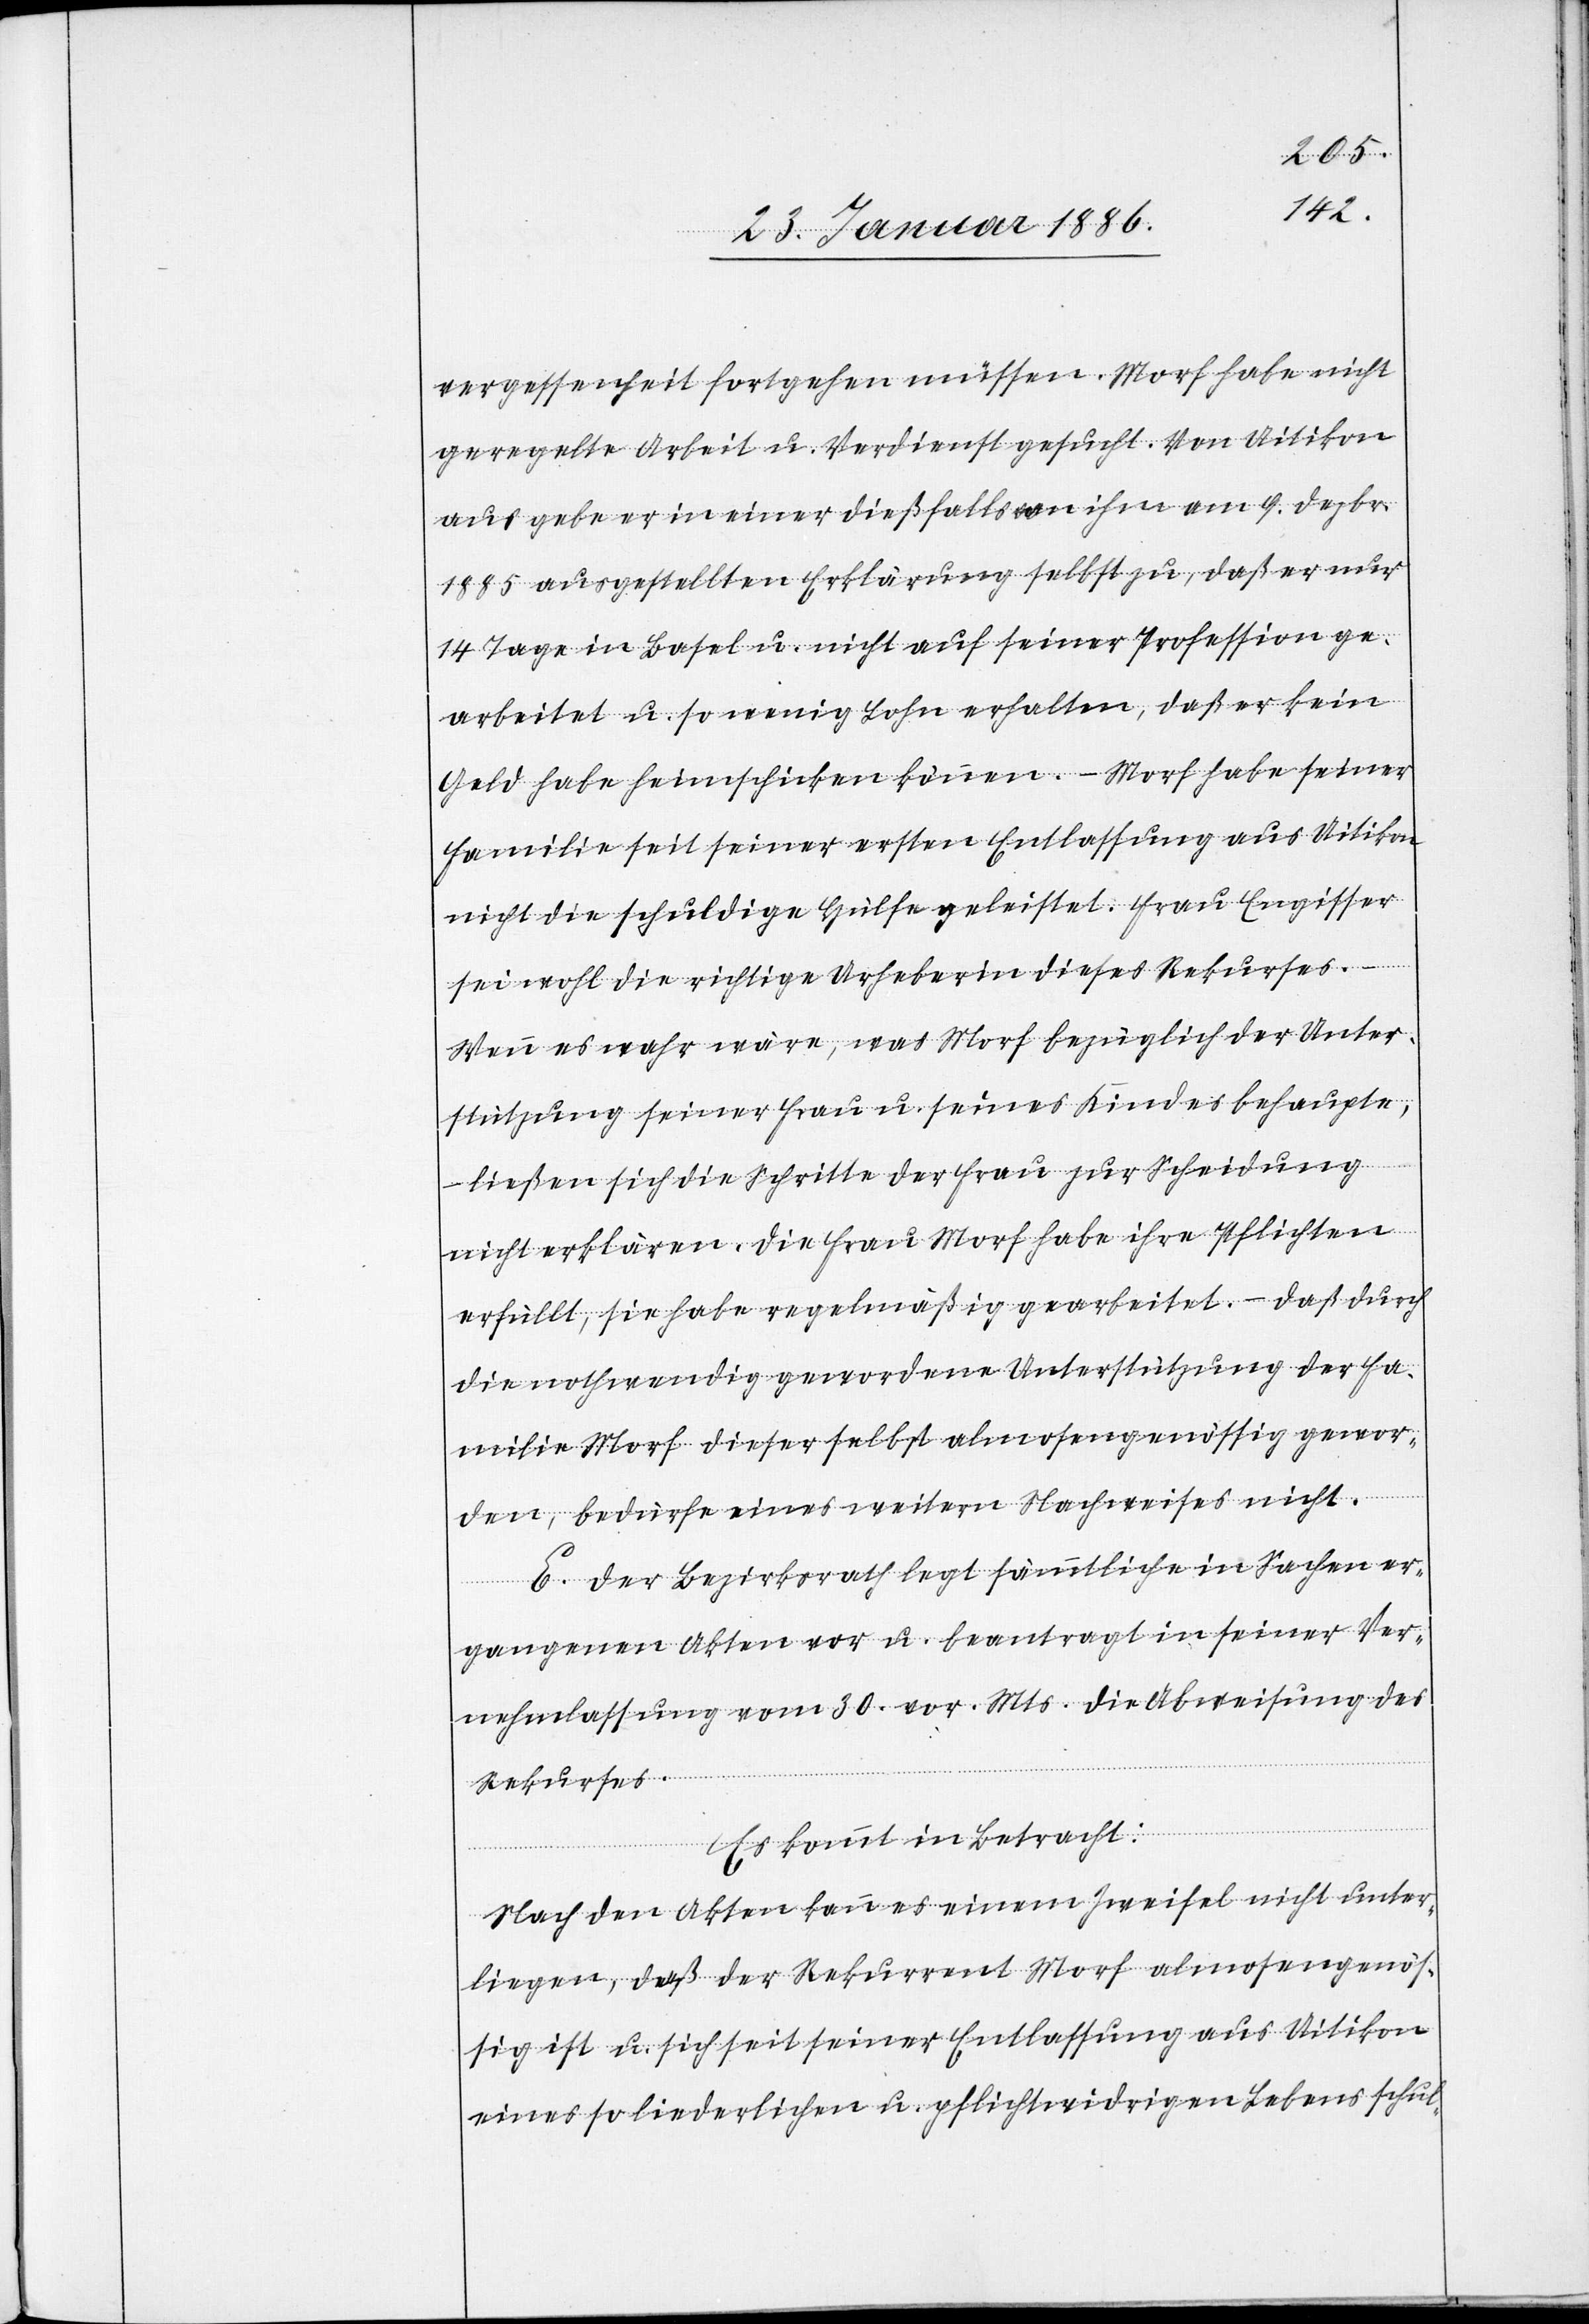
vergessenheit fortgehen müssen. Morf habe nicht
geregelte Arbeit u. Verdienst gesucht. Von Uitikon
aus gebe er in einer dießfalls an ihn am 9. Dezbr.
1885 ausgestellten Erklärung selbst zu, daß er nur
14 Tage in Basel u. nicht auf seiner Profession ge¬
arbeitet u. so wenig Lohn erhalten, daß er kein
Geld habe heimschicken können. – Morf habe seiner
Familie seit seiner ersten Entlassung aus Uitikon
nicht die schuldige Hülfe geleistet. Frau Engisser
sei wohl die richtige Urheberin dieses Rekurses.
Wenn es wahr wäre, was Morf bezüglich der Unter¬
stützung seiner Frau u. seines Kindes behaupte
ließen sich die Schritte der Frau zur Scheidung
nicht erklären. Die Frau Morf habe ihre Pflichten
erfüllt, sie habe regelmäßig gearbeitet. – Daß durch
die nothwendig gewordene Unterstützung der Fa¬
milie Morf dieser selbst almosengenößig gewor¬
den, bedürfe eines weitern Nachweises nicht.
E. Der Bezirksrath legt sämmtliche in Sachen er¬
gangenen Akten vor u. beantragt in seiner Ver¬
nehmlassung vom 30. vor. Mts. die Abweisung des
Rekurses.
Es kommt in Betracht:
Nach den Akten kann es einem Zweifel nicht unter¬
liegen, daß der Rekurrent Morf almosengenös¬
sig ist u. sich seit seiner Entlassung aus Uitikon
eines so liederlichen u. pflichtwidrigen Lebens schul-